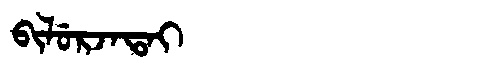
Manchu: ᠪᡳᠯᡠᡵᠵᠠᡨᠠᡳ
Romanization: BILURJATAI